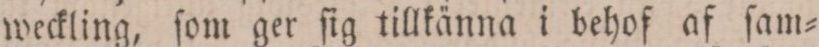
weckling, ſom ger ſig tillkänna i behof af ſam=